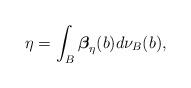
LaTeX: \begin{align*}\eta=\int_{B}\boldsymbol{\beta}_{\eta}(b)d\nu_{B}(b),\end{align*}